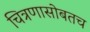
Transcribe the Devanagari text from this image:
चित्रणासोबतच